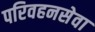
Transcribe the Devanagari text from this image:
परिवहनसेवा